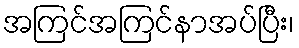
အကြင်အကြင်နာအပ်ပြီး၊